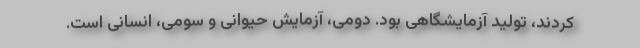
کردند، تولید آزمایشگاهی بود. دومی، آزمایش حیوانی و سومی، انسانی است.